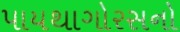
પાયથાગોરસનો